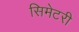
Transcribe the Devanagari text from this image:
सिमेटरी